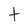
Character: t